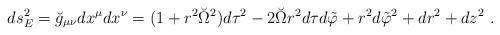
LaTeX: \begin{align*}ds_E^2=\breve{g}_{\mu\nu}dx^\mu dx^\nu=(1+r^2\breve{\Omega}^2)d\tau^2-2\breve{\Omega} r^2d\tau d\tilde{\varphi}+r^2d\tilde{\varphi}^2+dr^2+dz^2~.\end{align*}